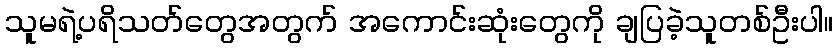
သူမရဲ့ပရိသတ်တွေအတွက် အကောင်းဆုံးတွေကို ချပြခဲ့သူတစ်ဦးပါ။